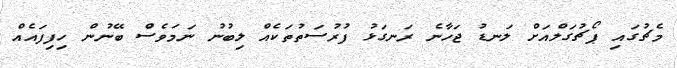
މެޗުގައި ޕޯޗުގަލްއަށް ލަނޑު ޖަހާނެ ރަނގަޅު ފުރުސަތުތަކެއް ލިބުނު ނަމަވެސް ބޭނުން ހިފިފައެއް